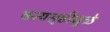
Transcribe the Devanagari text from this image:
वन्यसृष्टीमुळे